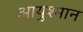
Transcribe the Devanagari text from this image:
आयुश्मान